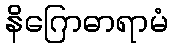
နိဂြောဓာရာမံ